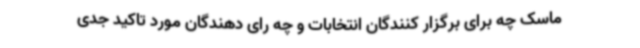
ماسک چه برای برگزار کنندگان انتخابات و چه رای دهندگان مورد تاکید جدی